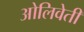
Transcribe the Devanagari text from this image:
ओलिवेती